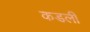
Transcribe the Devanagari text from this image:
कडली